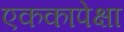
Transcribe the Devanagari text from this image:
एककापेक्षा